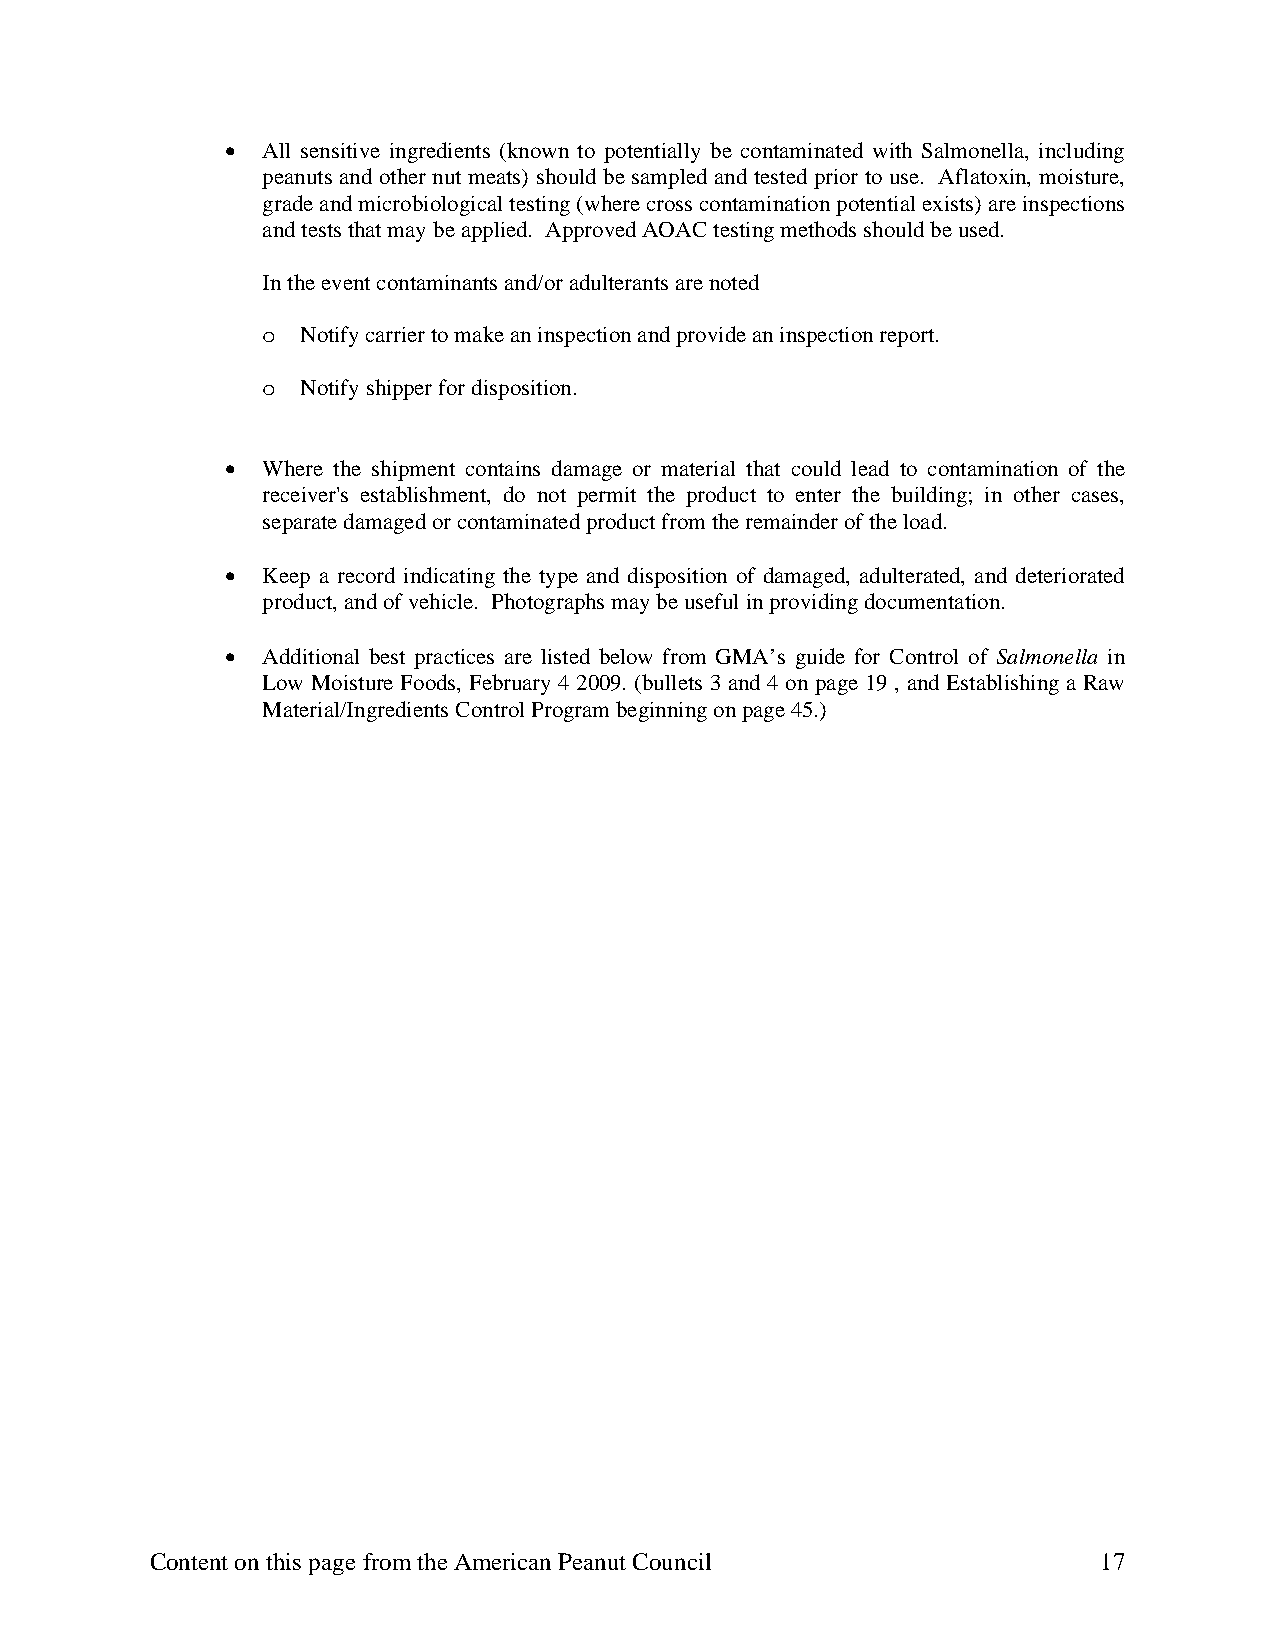
• All sensitive ingredients (known to potentially be contaminated with Salmonella, including
 peanuts and other nut meats) should be sampled and tested prior to use. Aflatoxin, moisture,
 grade and microbiological testing (where cross contamination potential exists) are inspections
 and tests that may be applied. Approved AOAC testing methods should be used.
 In the event contaminants and/or adulterants are noted
 o  Notify carrier to make an inspection and provide an inspection report.
 o  Notify shipper for disposition.
 • Where the shipment contains damage or material that could lead to contamination of the
 receiver's establishment, do not permit the product to enter the building; in other cases,
 separate damaged or contaminated product from the remainder of the load.
 • Keep a record indicating the type and disposition of damaged, adulterated, and deteriorated
 product, and of vehicle. Photographs may be useful in providing documentation.
 • Additional best practices are listed below from GMA’s guide for Control of Salmonella in
 Low Moisture Foods, February 4 2009. (bullets 3 and 4 on page 19 , and Establishing a Raw
 Material/Ingredients Control Program beginning on page 45.)
 Content on this page from the American Peanut Council          17